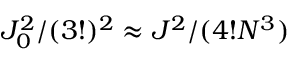
J _ { 0 } ^ { 2 } / ( 3 ! ) ^ { 2 } \approx J ^ { 2 } / ( 4 ! N ^ { 3 } )